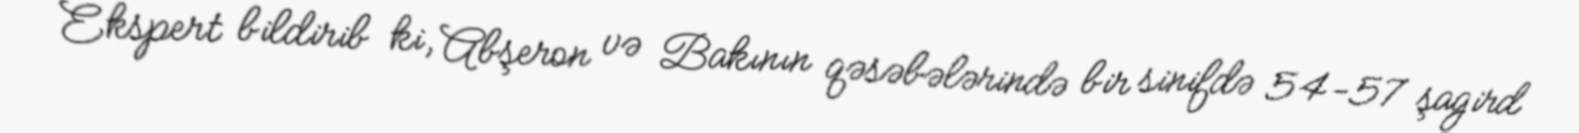
Ekspert bildirib ki, Abşeron və Bakının qəsəbələrində bir sinifdə 54-57 şagird